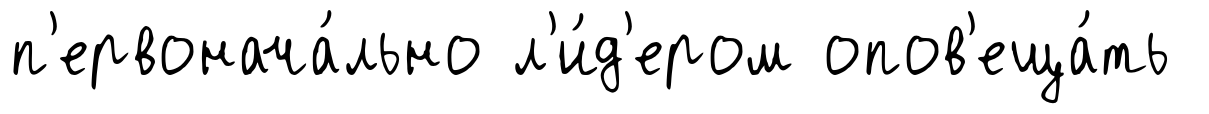
п'ервонача́льно л'и́д'ером опов'еща́ть